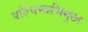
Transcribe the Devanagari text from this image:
पश्‍चिमाभिमुख